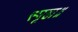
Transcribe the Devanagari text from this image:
स्पृहा॥